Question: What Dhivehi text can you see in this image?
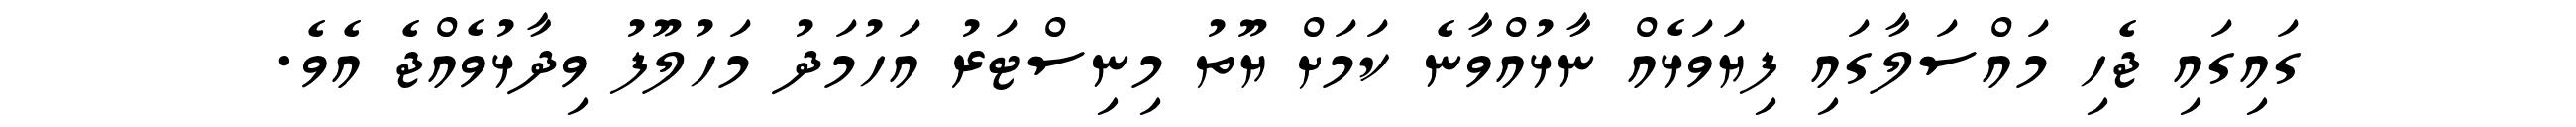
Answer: ގައިގައި ޖެހި މައްސަލާގައި ފިޔަވަޅެއް ނާޅުއްވާނެ ކަމަށް ޔޫތު މިނިސްޓަރު އަހުމަދު މަހުލޫފު ވިދާޅުވެއްޖެ އެވެ.